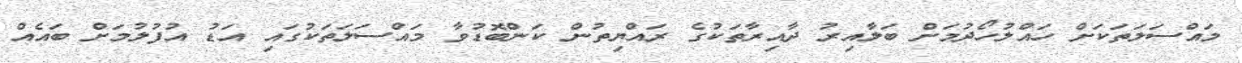
މައްސަލަތަކަށް ހައްލުހޯދުމަށް ބަލާއިރު ދާއިރާތަކުގެ ރައްޔިތުން ކަންބޮޑުވާ މައްސަލަތަކުގައި އަޑު އުފުލުމަށް ބައެއް